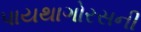
પાયથાગોરસની